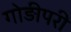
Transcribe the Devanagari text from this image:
गोड़ीपरी